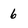
Character: 6